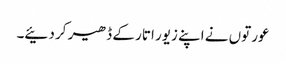
عورتوں نے اپنے زیور اتار کے ڈھیر کر دئیے۔